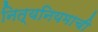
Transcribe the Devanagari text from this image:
नित्यनियमाची